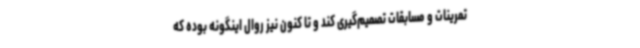
تمرینات و مسابقات تصمیم‌گیری کند و تا کنون نیز روال اینگونه بوده که